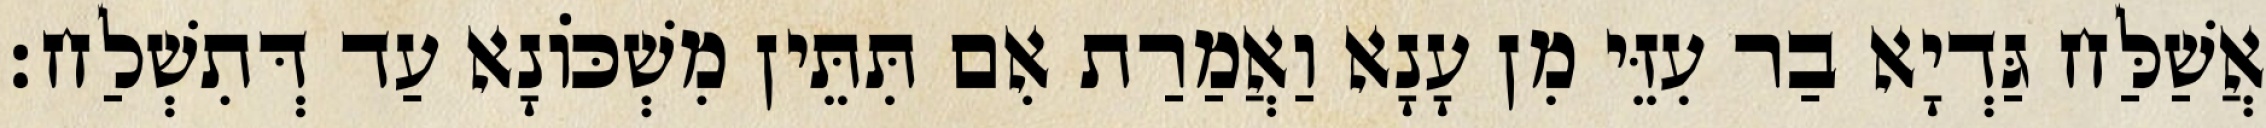
אֲשַׁלַּח גַּדְיָא בַר עִזֵּי מִן עָנָא וַאֲמַרַת אִם תִּתֵּין מִשְׁכּוֹנָא עַד דְּתִשְׁלַח׃